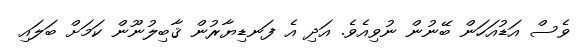
ވެސް އަޑުއަހަން ބޭނުން ނުވިއެވެ. އަދި އެ ފަނޑިޔާރުން ޤާބިލުނޫން ކަމަށް ބަލައި